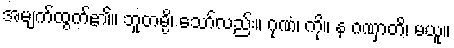
အမျက်ထွက်၏။ ဘူတမ္ပိ၊ သော်လည်း။ ဂုဏံ၊ ကို။ န ဂဏှာတိ၊ မယူ။